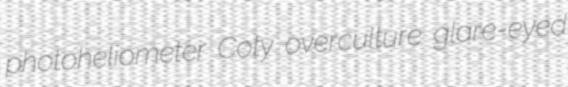
photoheliometer Coty overculture glare-eyed